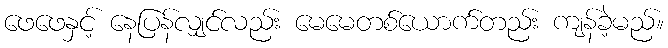
ဖေဖေနှင့် နေပြန်လျှင်လည်း မေမေတစ်ယောက်တည်း ကျန်ခဲ့မည်။